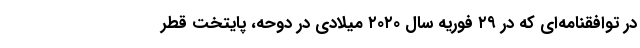
در توافقنامه‌ای که در ۲۹ فوریه سال ۲۰۲۰ میلادی در دوحه، پایتخت قطر